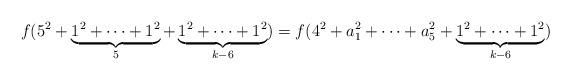
LaTeX: \begin{align*}f(5^2+\underbrace{1^2+\dotsb+1^2}_{5} + \underbrace{1^2+\dotsb+1^2}_{k-6}) = f(4^2 + a_1^2 + \dotsb + a_5^2 + \underbrace{1^2+\dotsb+1^2}_{k-6}) \end{align*}